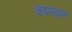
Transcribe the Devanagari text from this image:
कंबरपट्टापण